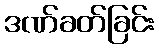
ဒဏ်ခတ်ခြင်း